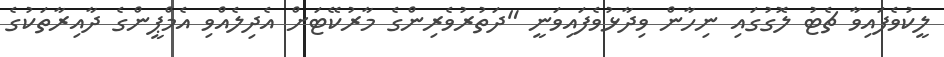
ލީކުވެފައިވާ ޗެޓު ލޮގުގައި ނިހާން ވިދާޅުވެފައިވަނީ "ދަތުރުވެރިންގެ މާރުކޭޓަށް އެދިލެއްވި އެމްޕީންގެ ދާއިރާތަކުގެ